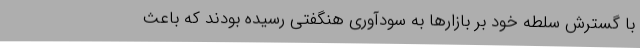
با گسترش سلطه خود بر بازارها به سودآوری هنگفتی رسیده بودند که باعث